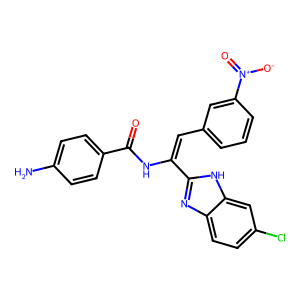
SMILES: Nc1ccc(C(=O)NC(=Cc2cccc([N+](=O)[O-])c2)c2nc3ccc(Cl)cc3[nH]2)cc1
Inhibits HIV replication: No